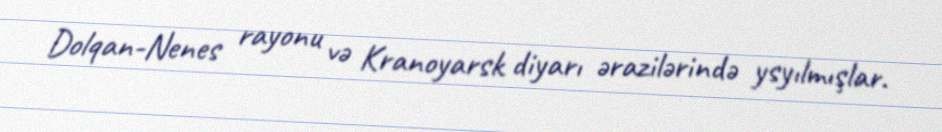
Dolqan-Nenes rayonu və Kranoyarsk diyarı ərazilərində ysyılmışlar.